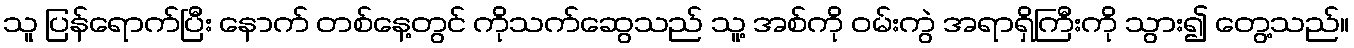
သူ ပြန်ရောက်ပြီး နောက် တစ်နေ့တွင် ကိုသက်ဆွေသည် သူ့ အစ်ကို ဝမ်းကွဲ အရာရှိကြီးကို သွား၍ တွေ့သည်။